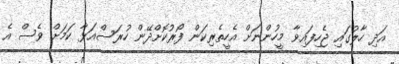
އަދި ހާލުގައި ޖެހިފައިވާ މީހުންނަށް އެހީތެރިކަން ފޯރުކޮށްދޭން ހުރަސްއަޅާ ކަމަށް ވެސް އެ